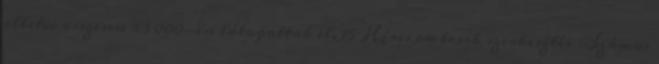
illetve összesen 63 000-en látogattak el. 15 Híres emberek szerkesztés Számos